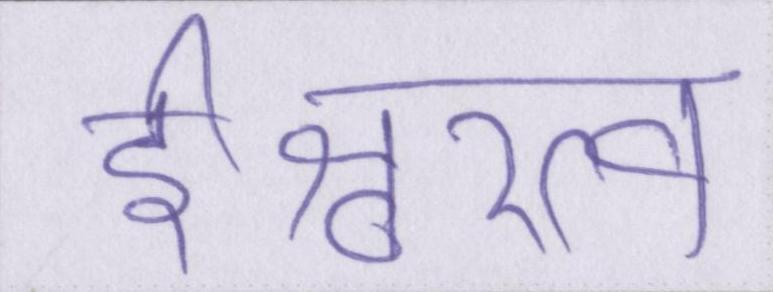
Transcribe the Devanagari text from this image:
ईश्वरत्व